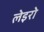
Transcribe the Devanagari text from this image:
लेइरो